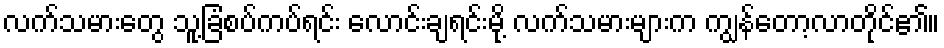
လက်သမားတွေ သူ့ခြံစပ်ကပ်ရင်း လောင်းချရင်းမို့ လက်သမားများက ကျွန်တော့လာတိုင်၏။